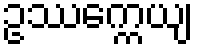
ဥဿက္ကေယျ